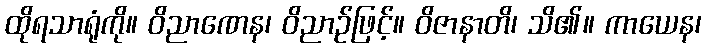
ထိုရသာရုံကို။ ဝိညာဏေန၊ ဝိညာဉ်ဖြင့်။ ဝိဇာနာတိ၊ သိ၏။ ကာယေန၊